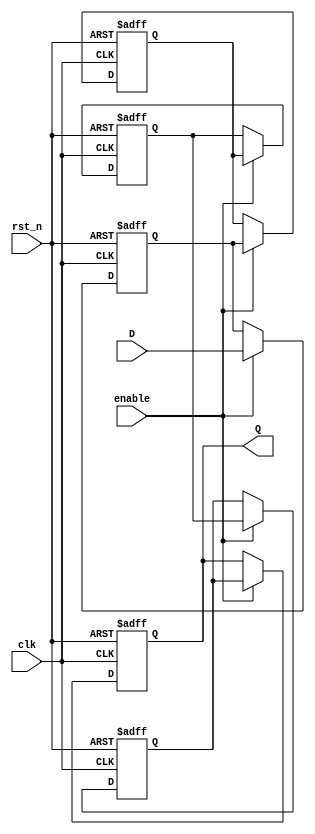
module multistage_register #(
    parameter N = 4,               // Number of stages
    parameter DATA_WIDTH = 8       // Width of the data
)(
    input wire clk,                // Clock signal
    input wire rst_n,              // Asynchronous active-low reset
    input wire enable,             // Enable signal
    input wire [DATA_WIDTH-1:0] D, // Data input
    output reg [DATA_WIDTH-1:0] Q  // Data output
);

    // Internal registers for each stage
    reg [DATA_WIDTH-1:0] stage [0:N-1];

    integer i;

    always @(posedge clk or negedge rst_n) begin
        if (!rst_n) begin
            // Asynchronous reset: clear all stages
            for (i = 0; i < N; i = i + 1) begin
                stage[i] <= {DATA_WIDTH{1'b0}};
            end
            Q <= {DATA_WIDTH{1'b0}};
        end else if (enable) begin
            // Shift data through the stages
            stage[0] <= D; // Load input into the first stage
            for (i = 1; i < N; i = i + 1) begin
                stage[i] <= stage[i-1]; // Shift data to the next stage
            end
            Q <= stage[N-1]; // Output from the last stage
        end
    end

endmodule